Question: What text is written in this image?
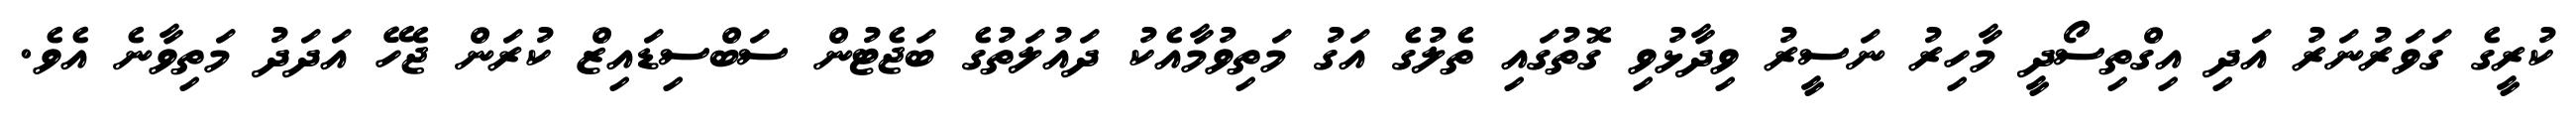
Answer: ކުރީގެ ގަވަރުނަރު އަދި އިގްތިސޯދީ މާހިރު ނަސީރު ވިދާޅުވި ގޮތުގައި ތެލުގެ އަގު މަތިވުމާއެކު ދައުލަތުގެ ބަޖެޓުން ސަބްސިޑައިޒް ކުރަން ޖެހޭ އަދަދު މަތިވާނެ އެވެ.